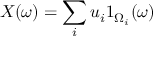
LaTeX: X ( \omega ) = \sum _ { i } u _ { i } 1 _ { \Omega _ { i } } ( \omega )